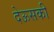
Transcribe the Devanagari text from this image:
देऊसकी